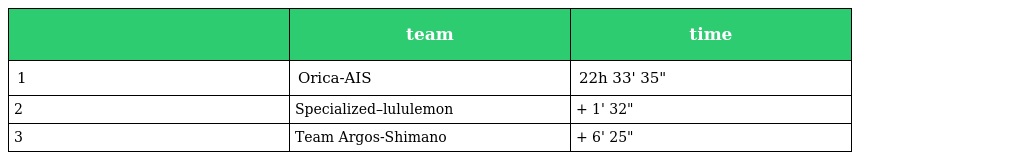
|  | team | time |
 | --- | --- | --- |
 | 1 | Orica-AIS | 22h 33' 35" |
 | 2 | Specialized–lululemon | + 1' 32" |
 | 3 | Team Argos-Shimano | + 6' 25" |